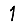
Digit: 1